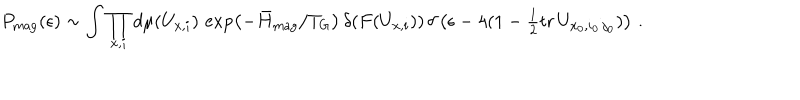
P _ { \mathrm { m a g } } ( \epsilon ) \sim \int \prod _ { x , i } d \mu ( U _ { x , i } ) \, \exp \left( - { \bar { H } _ { \mathrm { m a g } } / T _ { \mathrm { G } } } \right) \, \delta ( F ( U _ { x , i } ) ) \, \delta \left( \epsilon - 4 ( 1 - { \textstyle { \frac { 1 } { 2 } } } \mathrm { t r } \, U _ { x _ { 0 } , i _ { 0 } \, j _ { 0 } } ) \right) \, .